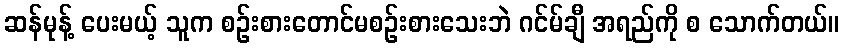
ဆန်မုန့် ပေးမယ့် သူက စဉ်းစားတောင်မစဉ်းစားသေးဘဲ ဂင်မ်ချီ အရည်ကို စ သောက်တယ်။